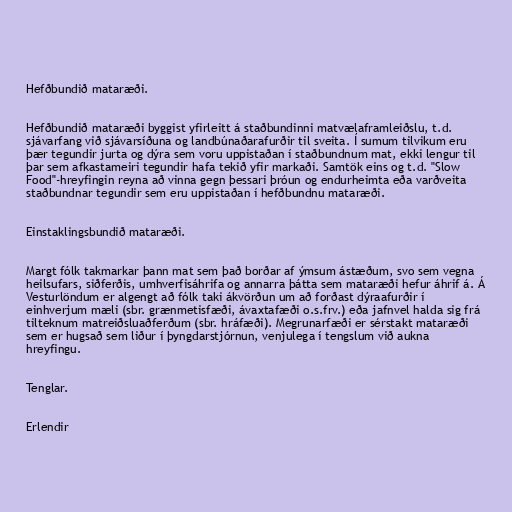
Hefðbundið mataræði.

Hefðbundið mataræði byggist yfirleitt á staðbundinni matvælaframleiðslu, t.d.
sjávarfang við sjávarsíðuna og landbúnaðarafurðir til sveita. Í sumum tilvikum eru
þær tegundir jurta og dýra sem voru uppistaðan í staðbundnum mat, ekki lengur til
þar sem afkastameiri tegundir hafa tekið yfir markaði. Samtök eins og t.d. "Slow
Food"-hreyfingin reyna að vinna gegn þessari þróun og endurheimta eða varðveita
staðbundnar tegundir sem eru uppistaðan í hefðbundnu mataræði.

Einstaklingsbundið mataræði.

Margt fólk takmarkar þann mat sem það borðar af ýmsum ástæðum, svo sem vegna
heilsufars, siðferðis, umhverfisáhrifa og annarra þátta sem mataræði hefur áhrif á. Á
Vesturlöndum er algengt að fólk taki ákvörðun um að forðast dýraafurðir í
einhverjum mæli (sbr. grænmetisfæði, ávaxtafæði o.s.frv.) eða jafnvel halda sig frá
tilteknum matreiðsluaðferðum (sbr. hráfæði). Megrunarfæði er sérstakt mataræði
sem er hugsað sem liður í þyngdarstjórnun, venjulega í tengslum við aukna
hreyfingu.

Tenglar.

Erlendir